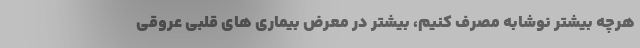
هرچه بیشتر نوشابه مصرف کنیم، بیشتر در معرض بیماری های قلبی عروقی